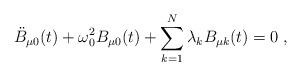
LaTeX: \begin{align*}\ddot{B}_{\mu 0}(t)+\omega_0^2B_{\mu 0}(t)+\sum_{k=1}^N\lambda_kB_{\mu k}(t)=0\;,\end{align*}